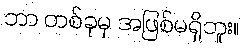
ဘာ တစ်ခုမှ အဖြစ်မရှိဘူး။